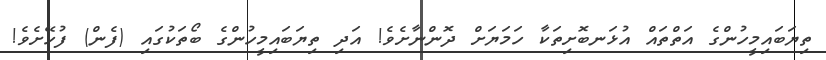
ތިޔަބައިމީހުންގެ އަތްތައް އުޅަނބޮށިތަކާ ހަމަޔަށް ދޮންނާށެވެ! އަދި ތިޔަބައިމީހުންގެ ބޯތަކުގައި (ފެން) ފުހޭށެވެ!